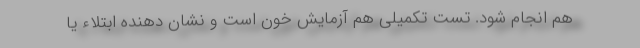
هم انجام شود. تست تکمیلی هم آزمایش خون است و نشان دهنده ابتلاء یا